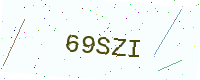
Text: 69SZI